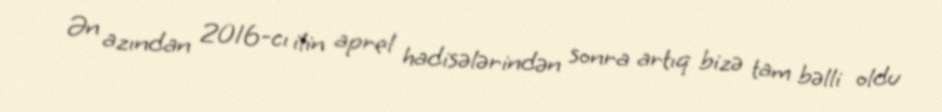
Ən azından 2016-cı ilin aprel hadisələrindən sonra artıq bizə tam bəlli oldu